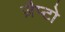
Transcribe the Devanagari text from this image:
ज़ैप्टो